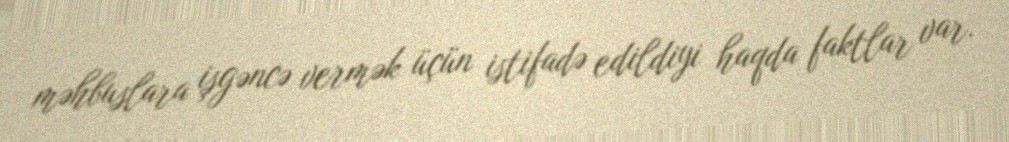
məhbuslara işgəncə vermək üçün istifadə edildiyi haqda faktlar var.